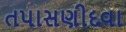
તપાસણીદવા